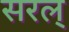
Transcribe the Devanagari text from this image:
सरल्